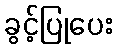
ခွင့်ပြုပေး